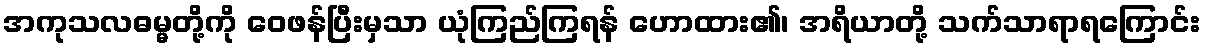
အကုသလဓမ္မတို့ကို ဝေဖန်ပြီးမှသာ ယုံကြည်ကြရန် ဟောထား၏၊ အရိယာတို့ သက်သာရာရကြောင်း